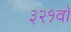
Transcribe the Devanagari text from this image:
३२१वॉ